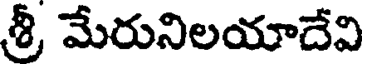
శ్రీ మేరునిలయాదేవి